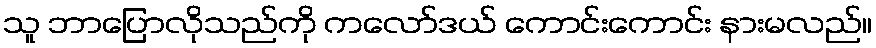
သူ ဘာပြောလိုသည်ကို ကလော်ဒယ် ကောင်းကောင်း နားမလည်။